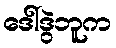
ဒေါ်ဒွဲဘူက